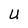
Character: U